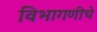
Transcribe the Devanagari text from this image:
विभागणीचे